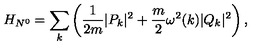
H _ { N ^ { 0 } } = \sum _ { k } \left( \displaystyle \frac { 1 } { 2 m } | P _ { k } | ^ { 2 } + \frac { m } { 2 } \omega ^ { 2 } ( k ) | Q _ { k } | ^ { 2 } \right) ,